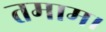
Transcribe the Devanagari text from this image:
तमाम।